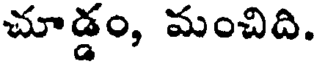
చూడ్డం, మంచిది.